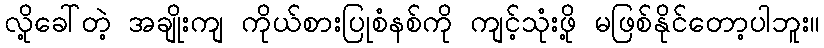
လို့ခေါ်တဲ့ အချိုးကျ ကိုယ်စားပြုစံနစ်ကို ကျင့်သုံးဖို့ မဖြစ်နိုင်တော့ပါဘူး။